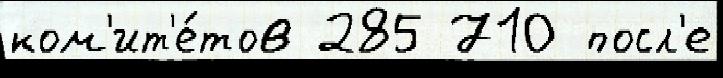
ком'ит'е́тов 285 710 посл'е